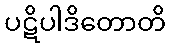
ပဋိပါဒိတောတိ